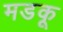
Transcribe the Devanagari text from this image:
मडकू